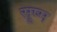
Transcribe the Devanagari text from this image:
सूष्म